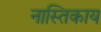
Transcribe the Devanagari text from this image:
नास्तिकाय